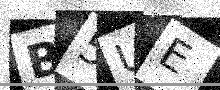
Text: B5UE